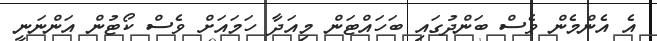
އެ އެންމެން ވެސް ބަންދުގައި ބަހައްޓަން މިއަދާ ހަމައަށް ވެސް ކޯޓުން އަންނަނީ